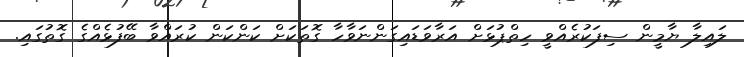
ލައިލާ ޔާމީން ސިފަކުރެއްވީ ހިތްޕުޅަށް އަރާވަޑައިގަންނަވާހާ ގޮތަކަށް ކަންކަން ކުރައްވާ ބޭފުޅެއްގެ ގޮތުގައި.